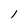
Character: l